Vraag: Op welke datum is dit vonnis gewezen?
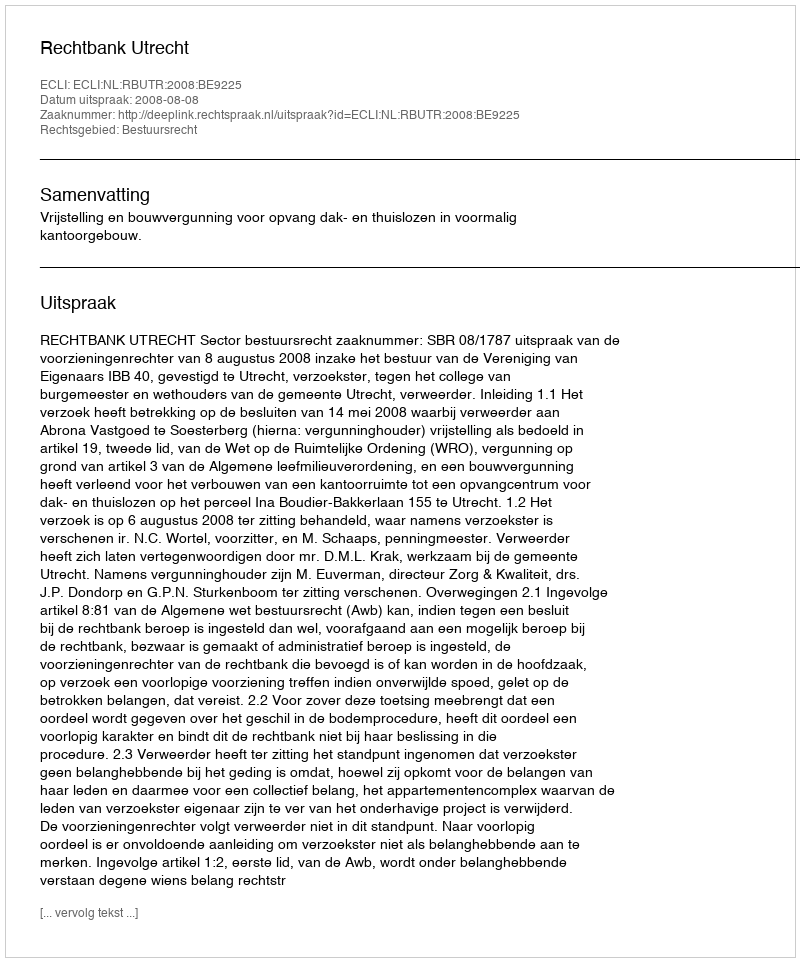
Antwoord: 2008-08-08